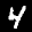
Label: 4